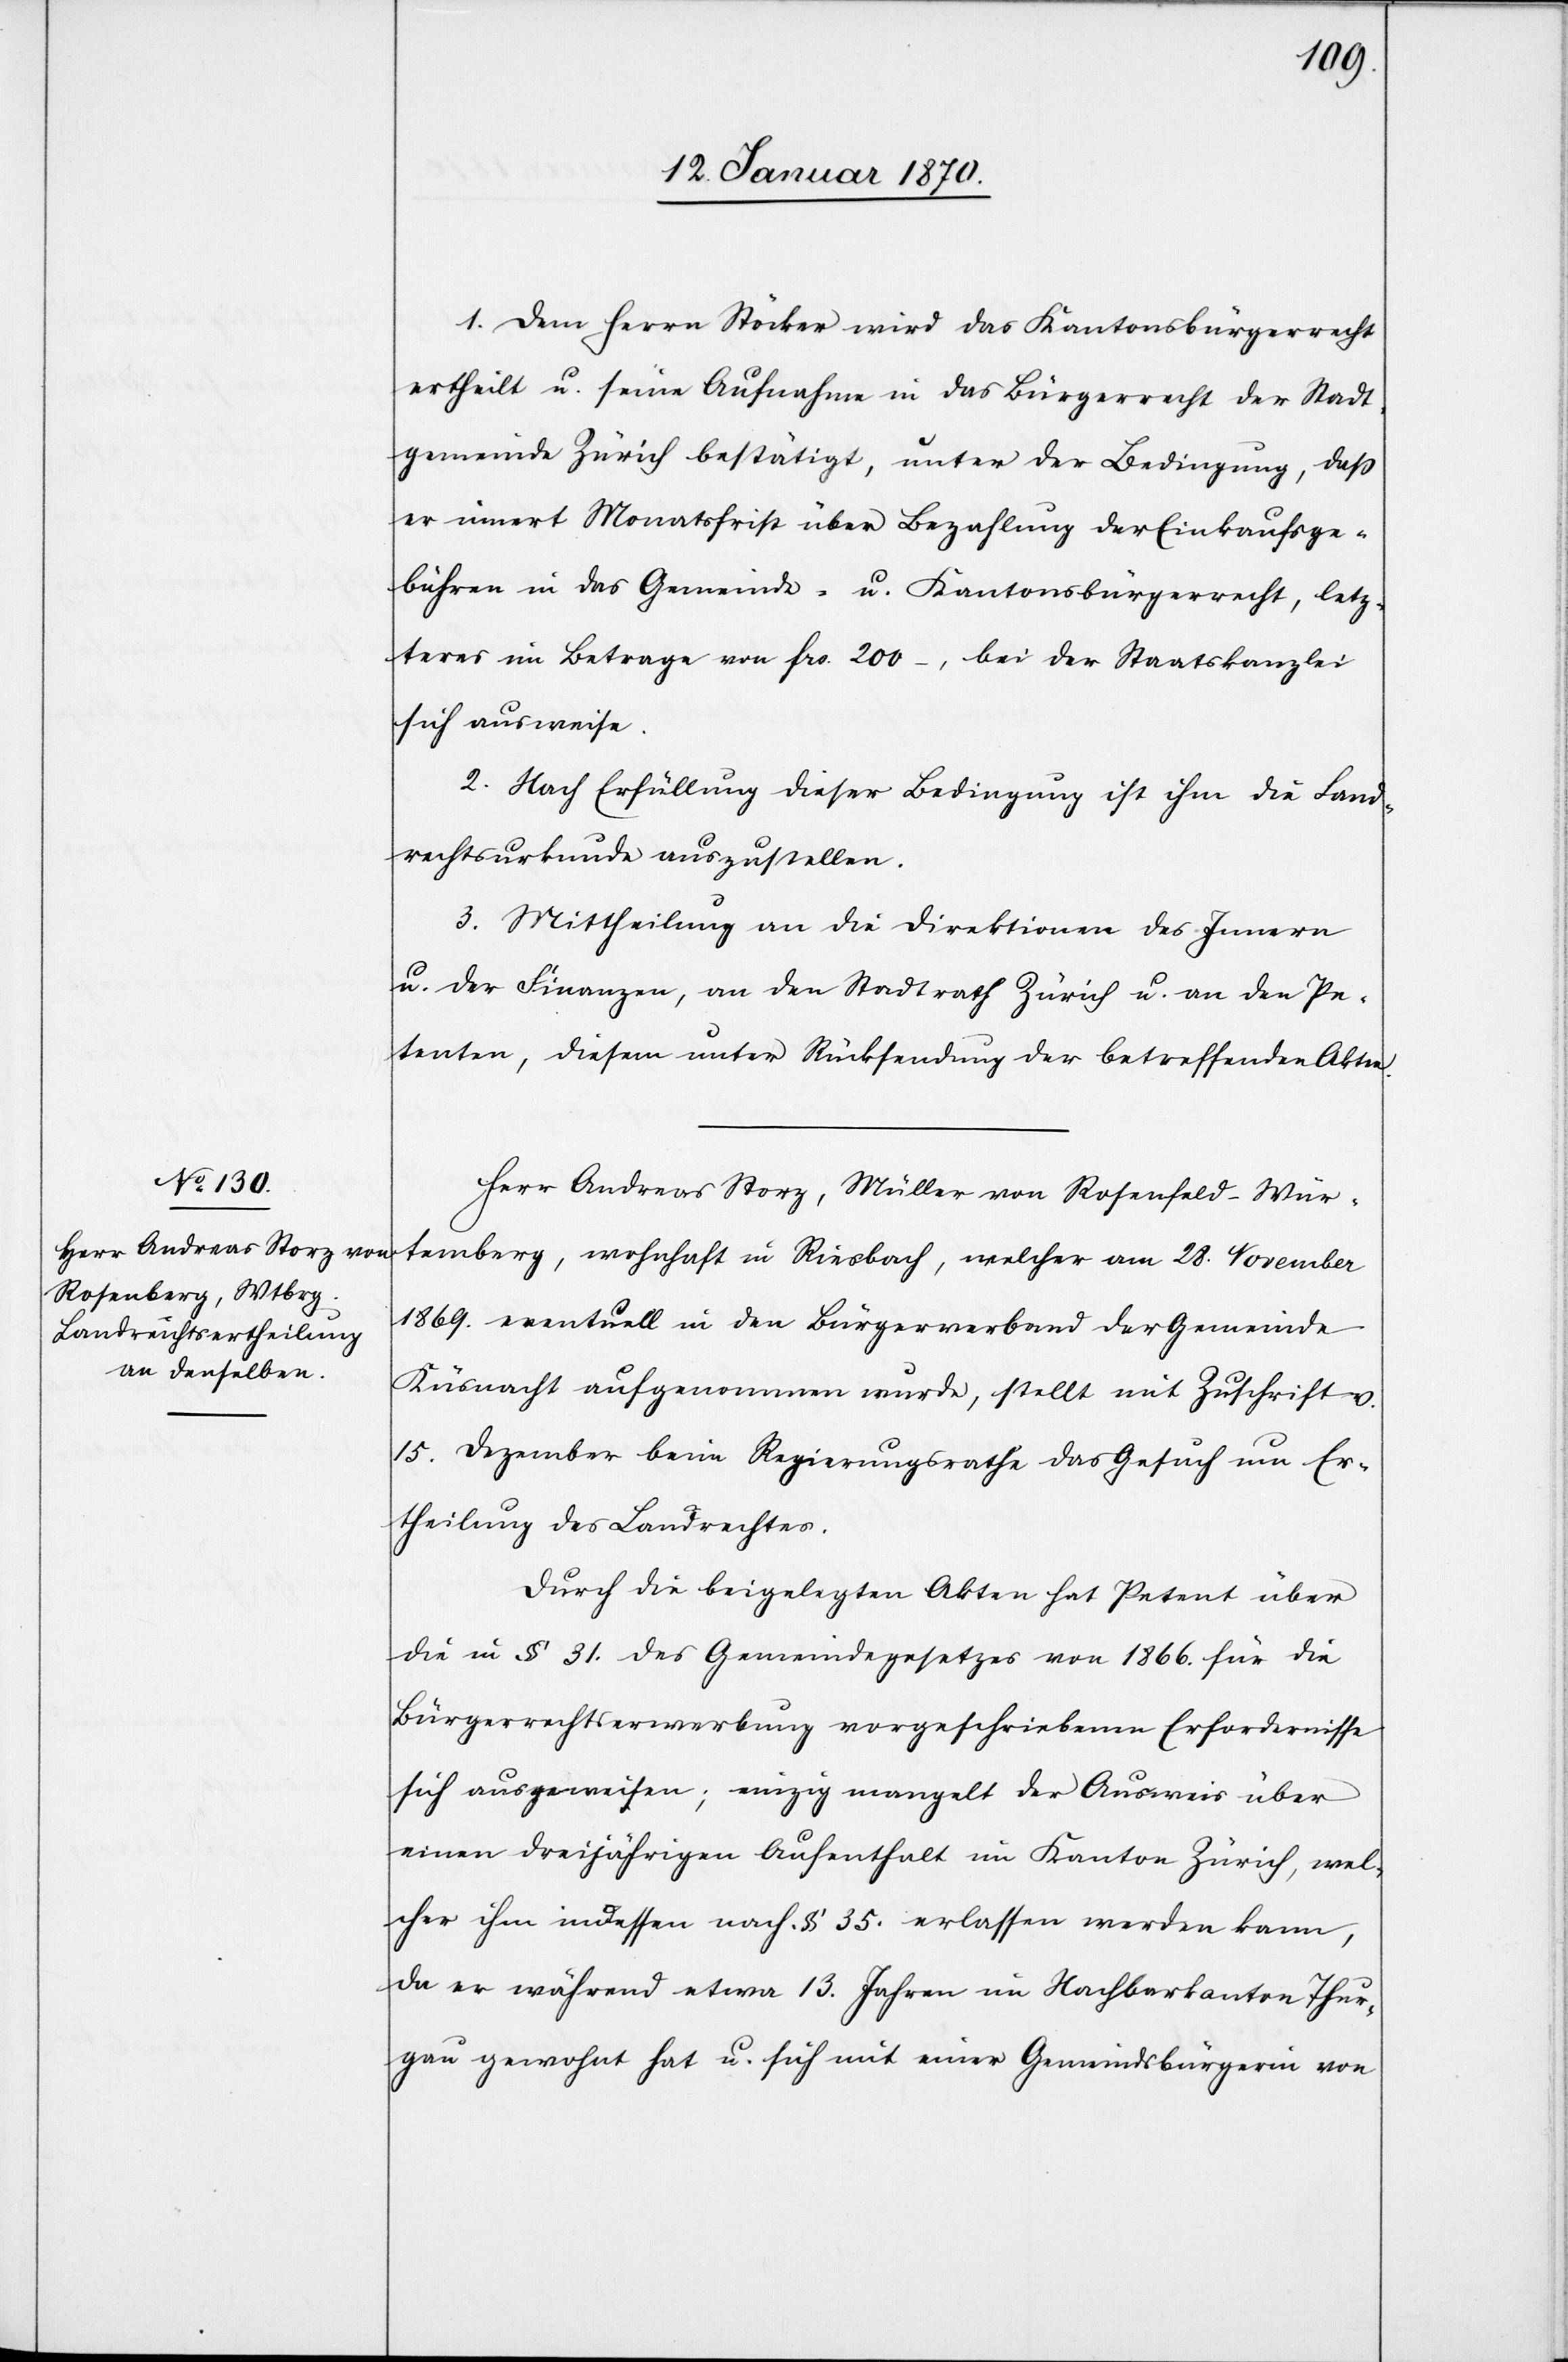
1. Dem Herrn Stöcker wird das Kantonsbürgerrecht
ertheilt u. seine Aufnahme in das Bürgerrecht der Stadt¬
gemeinde Zürich bestätigt, unter der Bedingung, daß
er innert Monatsfrist über Bezahlung der Einkaufsge¬
bühren in das Gemeinde- u. Kantonsbürgerrecht, letz¬
teres im Betrage von frs. 200–, bei der Staatskanzlei
sich ausweise.
2. Nach Erfüllung dieser Bedingung ist ihm die Land¬
rechtsurkunde auszustellen.
3. Mittheilung an die Direktionen des Innern
u. der Finanzen, an den Stadtrath Zürich u. an den Pe¬
tenten, diesem unter Rücksendung der betreffenden Akten.
Herr Andreas Storz, Müller von Rosenfeld-Wür¬
temberg [sic!], wohnhaft in Riesbach, welcher am 28. November
1869. eventuell in den Bürgerverband der Gemeinde
Küsnacht aufgenommen wurde, stellt mit Zuschrift v.
15. Dezember beim Regierungsrathe das Gesuch um Er¬
theilung des Landrechtes.
Durch die beigelegten Akten hat Petent über
die in § 31. des Gemeindegesetzes von 1866. für die
Bürgerrechtserwerbung vorgeschriebenen Erfordernisse
sich ausgewiesen; einzig mangelt der Ausweis über
einen dreijährigen Aufenthalt im Kanton Zürich, wel¬
cher ihm indessen nach § 35. erlassen werden kann,
da er während etwa 13. Jahren im Nachbarkanton Thur¬
gau gewohnt hat u. sich mit einer Gemeindsbürgerin von